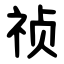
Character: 祯